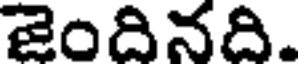
ఇందినది.